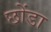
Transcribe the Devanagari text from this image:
छोंडा